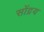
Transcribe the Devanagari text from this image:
सोंद्रय